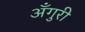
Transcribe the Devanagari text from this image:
अँगुरी